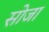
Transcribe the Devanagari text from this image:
सोजा